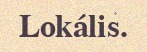
Lokális.